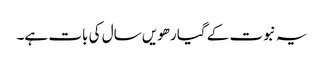
یہ نبوت کے گیارھویں سال کی بات ہے۔